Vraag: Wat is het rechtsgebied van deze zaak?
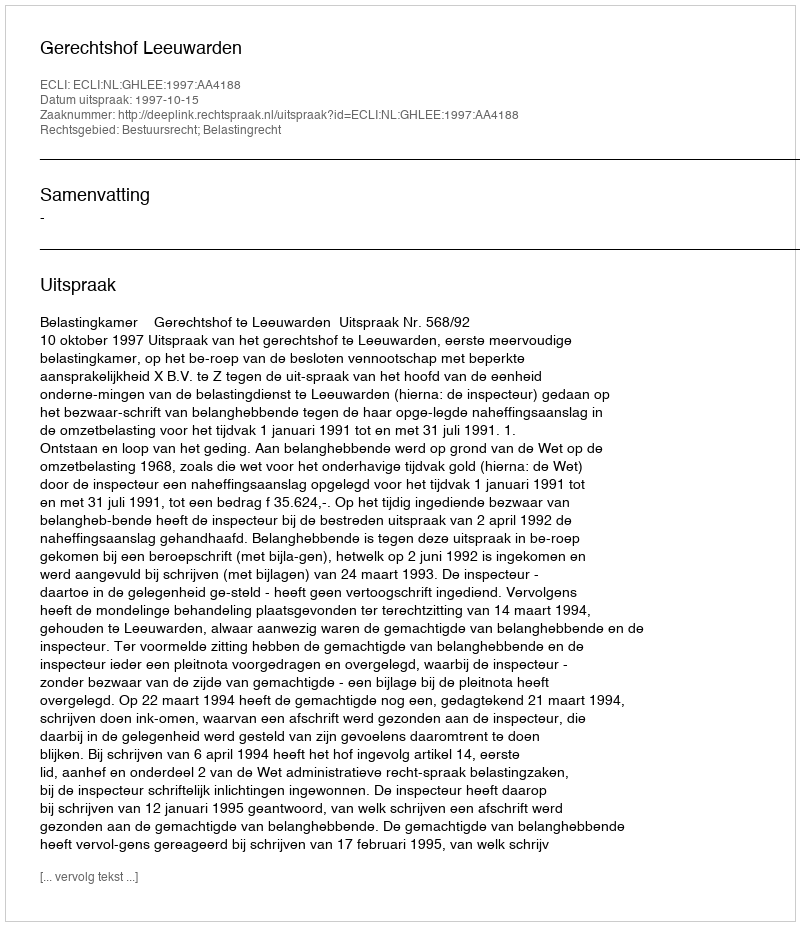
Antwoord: Bestuursrecht; Belastingrecht